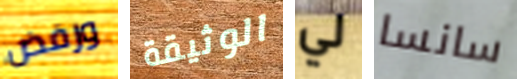
ورفض الوثيقة لي سانسا